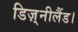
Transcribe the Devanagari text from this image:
डिज़्नीलैंड।